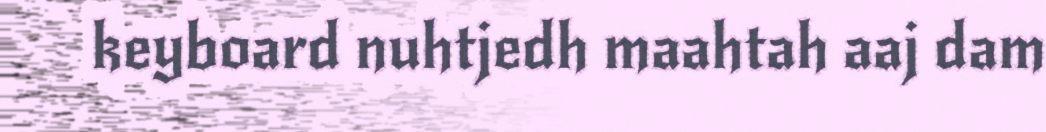
keyboard nuhtjedh maahtah aaj dam